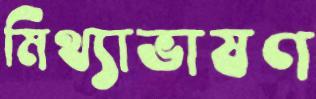
মিথ্যাভাষণ